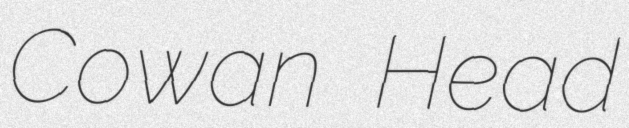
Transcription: Cowan Head